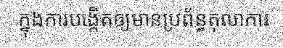
ក្នុងការបង្កើតឲ្យមានប្រព័ន្ធតុលាការ